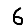
Digit: 6